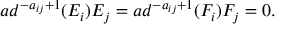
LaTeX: a d ^ { - a _ { i j } + 1 } ( E _ { i } ) E _ { j } = a d ^ { - a _ { i j } + 1 } ( F _ { i } ) F _ { j } = 0 .